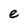
Character: e